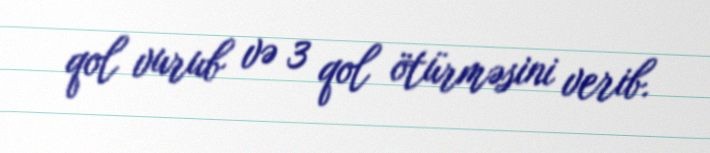
qol vurub və 3 qol ötürməsini verib.